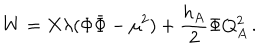
LaTeX: W = X \lambda ( \Phi \bar { \Phi } - \mu ^ { 2 } ) + { \frac { h _ { A } } { 2 } } \Phi Q _ { A } ^ { 2 } \, .